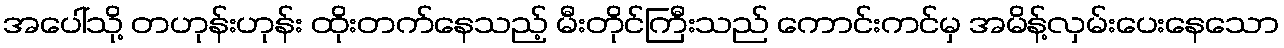
အပေါ်သို့ တဟုန်းဟုန်း ထိုးတက်နေသည့် မီးတိုင်ကြီးသည် ကောင်းကင်မှ အမိန့်လှမ်းပေးနေသော